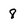
Character: 8